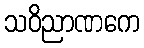
သဝိညာဏကေ